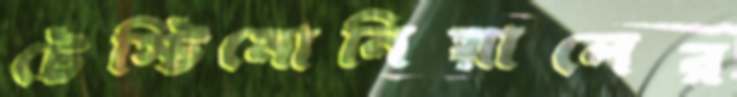
টেস্টিমোনিয়ালের